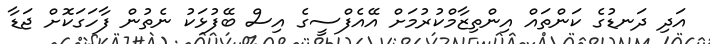
އަދި ދަނޑުގެ ކަންތައް އިންތިޒާމްކުރުމަށް އޭއެފްސީގެ އިސް ބޭފުޅަކު ނެތުން ފާހަގަކޮށް ޖަޑާ